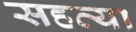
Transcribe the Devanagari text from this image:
सहव्या